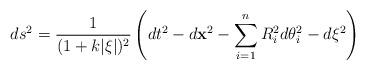
LaTeX: \begin{align*}ds^2={1\over (1+k|\xi|)^2}\left(dt^2-d{\bf x}^2-\sum_{i=1}^{n}R_i^2d\theta_i^2-d\xi^2\right)\end{align*}